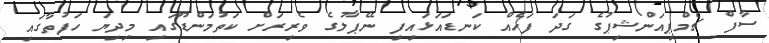
ސާފް ޗެމްޕިއަންޝިޕުގެ ގަދަ ފަހެއް ކަނޑައަޅައިފި ނޭޕާލުގެ ވެރިރަށް ކަތުމަންޑޫގައި މިދިޔަ ހަފުތާގައި